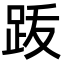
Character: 䟦